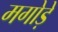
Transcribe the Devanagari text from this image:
मगोड़े